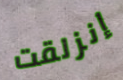
إنزلقت